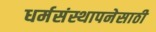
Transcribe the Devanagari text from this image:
धर्मसंस्थापनेसाठी